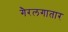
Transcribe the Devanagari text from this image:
गैरलगातार